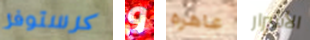
كرستوفر و عاهره الأشرار